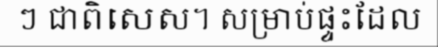
ៗ ជាពិសេស។ សម្រាប់ផ្ទះដែល